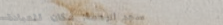
مسجد الرحمة: مكان للعبادة